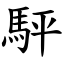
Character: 駍